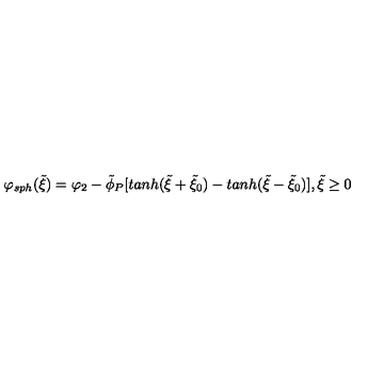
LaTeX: \varphi _ { s p h } ( \tilde { \xi } ) = \varphi _ { 2 } - \tilde { \phi } _ { P } [ t a n h ( \tilde { \xi } + \tilde { \xi } _ { 0 } ) - t a n h ( \tilde { \xi } - \tilde { \xi } _ { 0 } ) ] , \tilde { \xi } \geq 0